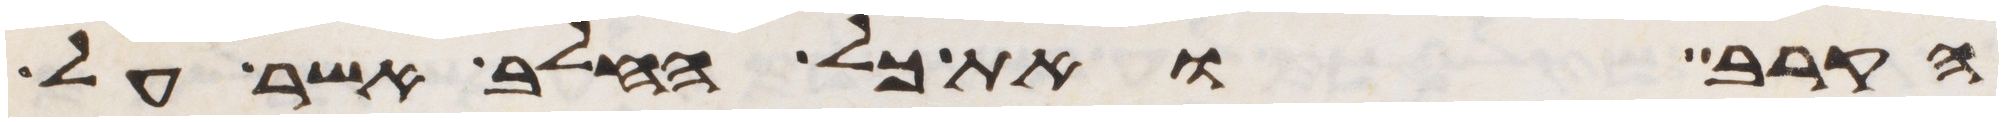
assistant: הקרב ואת כל החלב אשר על